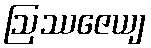
ဩဿဇေယျ